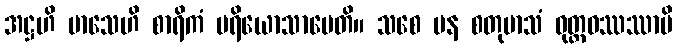
အဋ္ဌဟိ မာသေဟိ စာရိကံ ပရိယောသာပေတိ။ သစေ ပန စတုမာသံ ဝုတ္ထဝဿဿာပိ